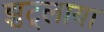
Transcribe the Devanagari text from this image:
झुट्लाया